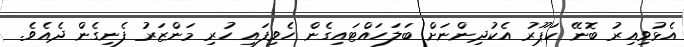
އެޅުވިއިރު ބޮނޭ ކަޕޫރު އެކުދިންނަށް ބަލަހައްޓައިގެން ހެވިފައި ހުރި މަންޒަރު ފެނިގެން ދެއެވެ.